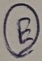
Text: E